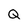
Character: Q